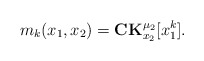
\begin{align*} m_{k}(x_1,x_2)=\mathbf{CK}_{x_2}^{\mu_2}[x_1^{k}].\end{align*}